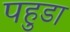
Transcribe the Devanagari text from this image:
पहुडा